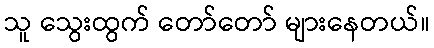
သူ သွေးထွက် တော်တော် များနေတယ်။